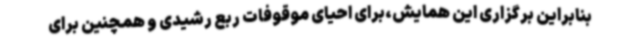
بنابراین برگزاری این همایش،برای احیای موقوفات ربع رشیدی و همچنین برای